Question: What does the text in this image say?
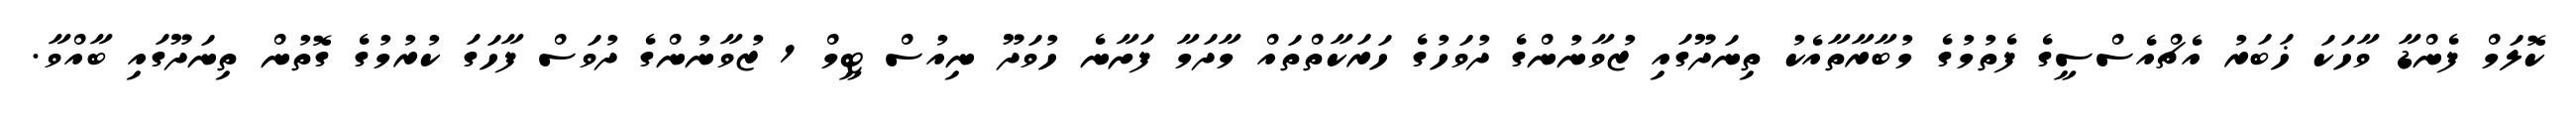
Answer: ކޮލަމް ފެންޑާ ވާހަކަ ޚަބަރު އެޗްއެސްސީގެ ފެތުމުގެ މުބާރާތާއެކު ތިނަދޫގައި ޒުވާނުންގެ ދުވަހުގެ ހަރަކާތްތައް މާދަމާ ފަށާނެ ހުވަދޫ ނިއުސް ޓީމް 1 ޒުވާނުންގެ ދުވަސް ފާހަގަ ކުރުމުގެ ގޮތުން ތިނަދޫގައި ބާއްވާ.